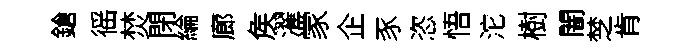
鎗徭焚閉綸廊矦濯䝉企豕恣悟沱樹闇椘肯